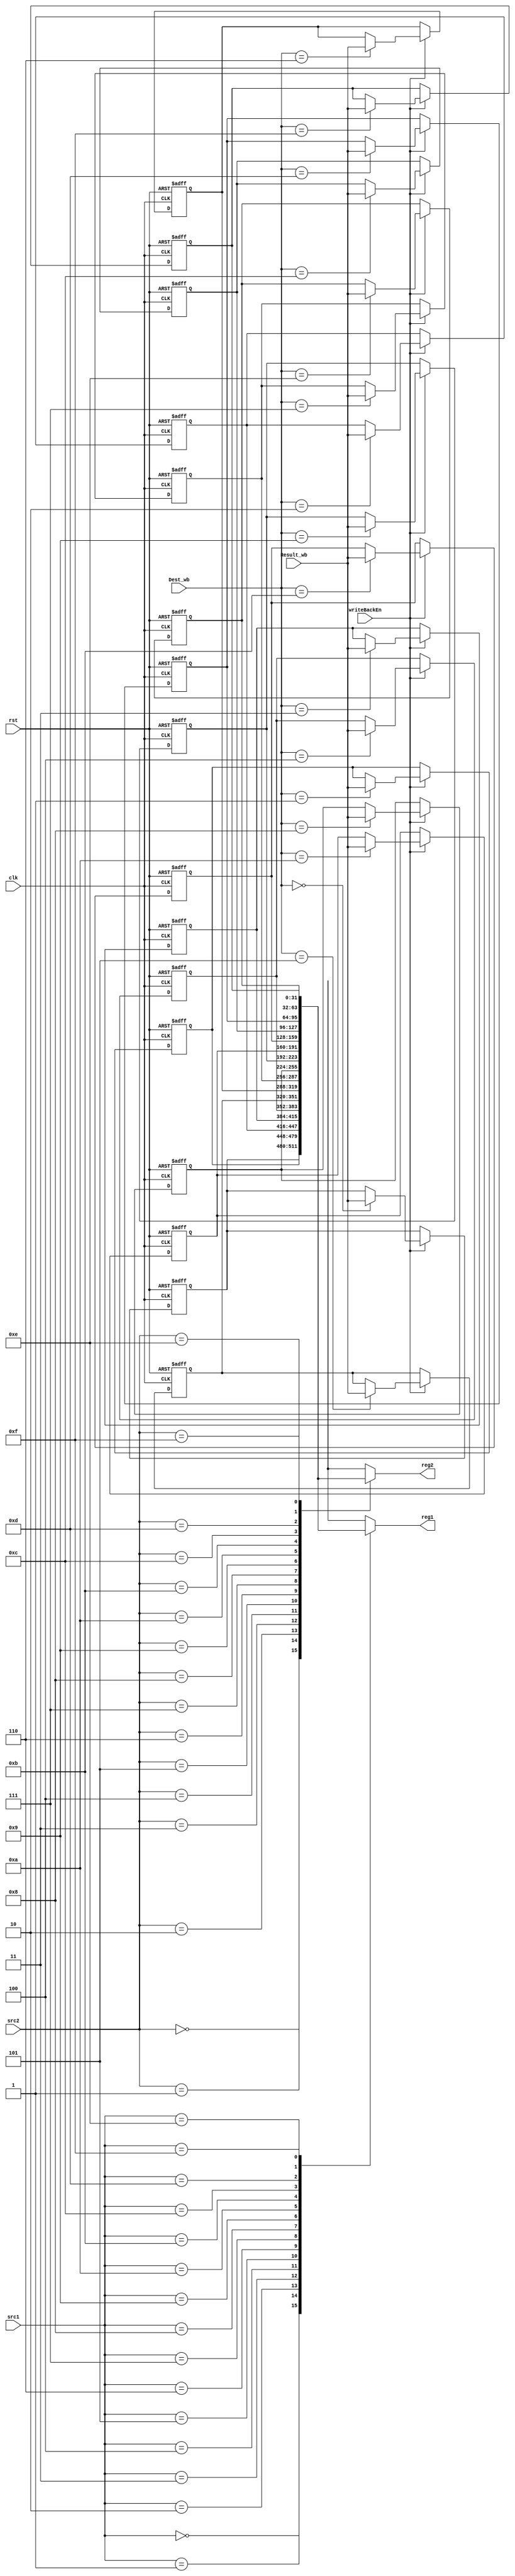
module RegisterFile(clk, rst, src1, src2, Dest_wb, Result_wb, writeBackEn, reg1, reg2);
    input clk, rst;
    input [3:0] src1, src2, Dest_wb;
    input [31:0] Result_wb;
    input writeBackEn;
    output [31:0] reg1, reg2;

    reg [31:0] registers [0:15] ;

    integer i, j;
    always @(negedge clk, posedge rst) begin
        if (rst)begin
            for (i = 0 ;i <=15; i = i + 1)
                registers[i] = i;
        end
        else begin
            if (writeBackEn) begin  
                registers[Dest_wb] <= Result_wb;   
                for (i = 0 ;i <= 15; i = i + 1)
                    $display("reg%d%d",i,registers[i]);
                $display("****************************************************");
            end
        end
    end 
    assign reg1 = registers[src1];  
    assign reg2 = registers[src2];


endmodule